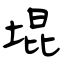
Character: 堒